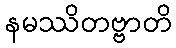
နမဿိတဗ္ဗာတိ